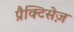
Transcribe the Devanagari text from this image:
प्रैक्टिसेज़